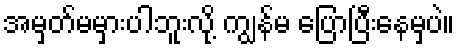
အမှတ်မမှားပါဘူးလို့ ကျွန်မ ပြောပြီးနေမှပဲ။